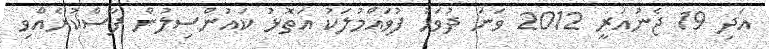
އަދި 19 ޖެނުއަރީ 2012 ވަނަ ދުވަހު ފުވައްމުލަކު އަތޮޅު ކައުންސިލުން ފާސްކުރެއްވި